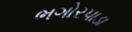
ભગોરપાડા